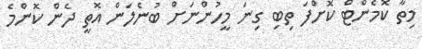
މިތާ ކޮމެންޓް ކޮށްފަ ތިބި ގިނަ މީހުންނަށް ބުނެލަން އޮތީ ދެން ކޮންމެ